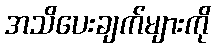
အသိပေးချက်များကို